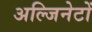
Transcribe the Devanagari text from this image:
अल्जिनेटों